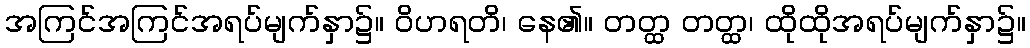
အကြင်အကြင်အရပ်မျက်နှာ၌။ ဝိဟရတိ၊ နေ၏။ တတ္ထ တတ္ထ၊ ထိုထိုအရပ်မျက်နှာ၌။